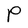
Character: P